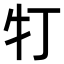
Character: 𤘖